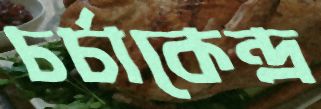
চর্চাকেন্দ্র